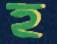
হ